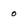
Character: o